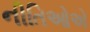
નીતિઓએ